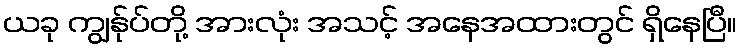
ယခု ကျွန်ုပ်တို့ အားလုံး အသင့် အနေအထားတွင် ရှိနေပြီ။